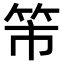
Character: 𥫴